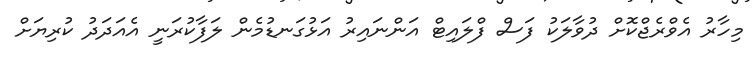
މިހާރު އެވްރެޖްކޮށް ދުވާލަކު ފަސް ފްލައިޓް އަންނައިރު އަޅުގަނޑުމެން ލަފާކުރަނީ އެއަދަދު ކުރިޔަށް